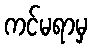
ကင်မရာမှ